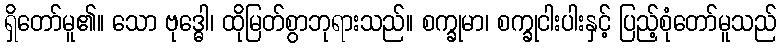
ရှိတော်မူ၏။ သော ဗုဒ္ဓေါ၊ ထိုမြတ်စွာဘုရားသည်။ စက္ခုမာ၊ စက္ခုငါးပါးနှင့် ပြည့်စုံတော်မူသည်